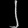
Digit: ၂